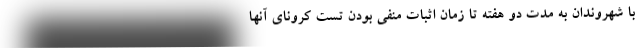
با شهروندان به مدت دو هفته تا زمان اثبات منفی بودن تست کرونای آنها